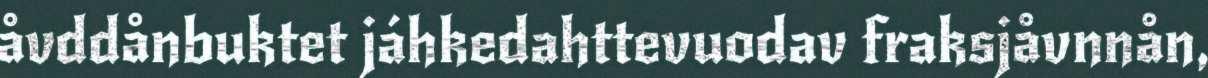
åvddånbuktet jáhkedahttevuodav fraksjåvnnån,